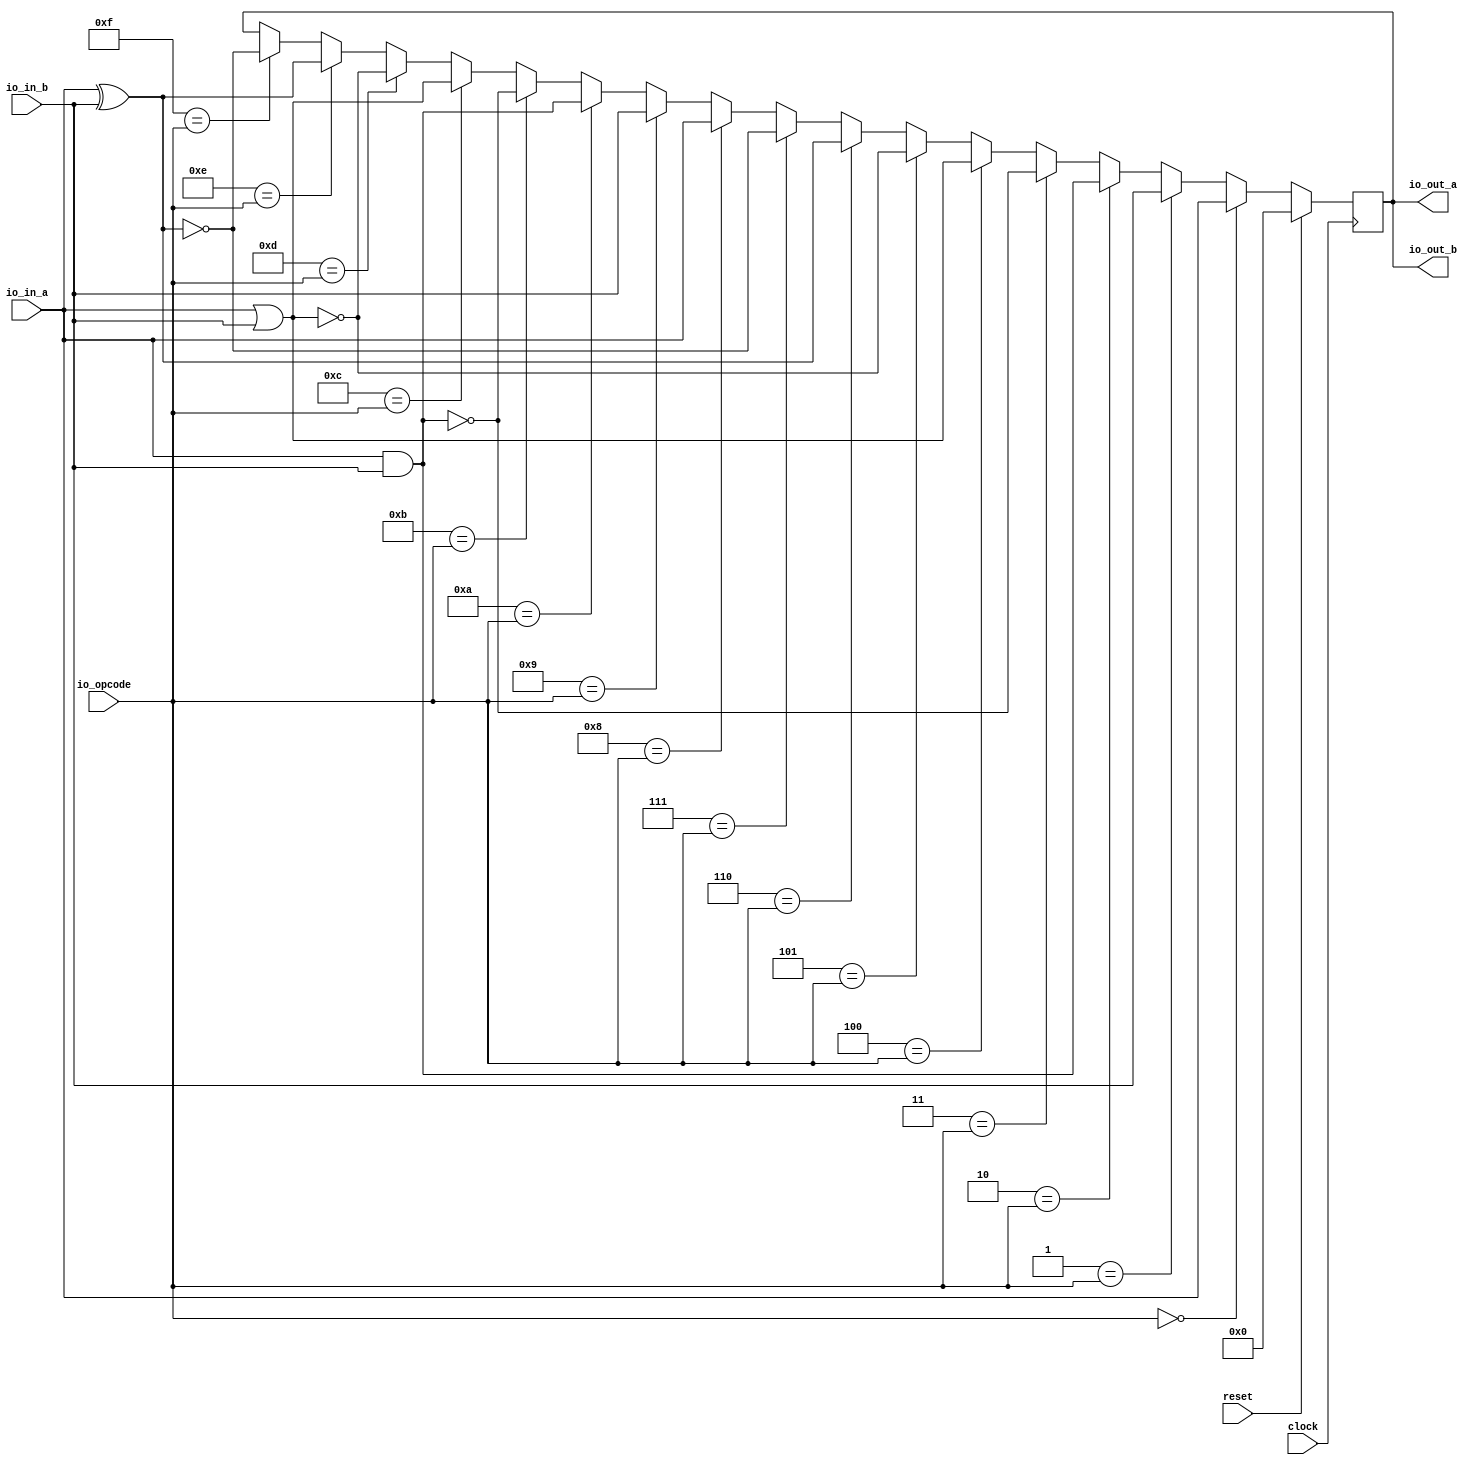
module ALU(
  input         clock,
  input         reset,
  input  [3:0]  io_opcode,
  input  [63:0] io_in_a,
  input  [63:0] io_in_b,
  output [63:0] io_out_a,
  output [63:0] io_out_b
);
`ifdef RANDOMIZE_REG_INIT
  reg [63:0] _RAND_0;
`endif // RANDOMIZE_REG_INIT
  reg [63:0] temp_result; // @[ALU.scala 27:28]
  wire  _T = 4'h0 == io_opcode; // @[Conditional.scala 37:30]
  wire  _T_1 = 4'h1 == io_opcode; // @[Conditional.scala 37:30]
  wire  _T_2 = 4'h2 == io_opcode; // @[Conditional.scala 37:30]
  wire [63:0] _temp_result_T = io_in_a & io_in_b; // @[ALU.scala 32:31]
  wire  _T_3 = 4'h3 == io_opcode; // @[Conditional.scala 37:30]
  wire [63:0] _temp_result_T_2 = ~_temp_result_T; // @[ALU.scala 33:29]
  wire  _T_4 = 4'h4 == io_opcode; // @[Conditional.scala 37:30]
  wire [63:0] _temp_result_T_3 = io_in_a | io_in_b; // @[ALU.scala 34:31]
  wire  _T_5 = 4'h5 == io_opcode; // @[Conditional.scala 37:30]
  wire [63:0] _temp_result_T_5 = ~_temp_result_T_3; // @[ALU.scala 35:29]
  wire  _T_6 = 4'h6 == io_opcode; // @[Conditional.scala 37:30]
  wire [63:0] _temp_result_T_6 = io_in_a ^ io_in_b; // @[ALU.scala 36:31]
  wire  _T_7 = 4'h7 == io_opcode; // @[Conditional.scala 37:30]
  wire [63:0] _temp_result_T_8 = ~_temp_result_T_6; // @[ALU.scala 37:29]
  wire  _T_8 = 4'h8 == io_opcode; // @[Conditional.scala 37:30]
  wire  _T_9 = 4'h9 == io_opcode; // @[Conditional.scala 37:30]
  wire  _T_10 = 4'ha == io_opcode; // @[Conditional.scala 37:30]
  wire  _T_11 = 4'hb == io_opcode; // @[Conditional.scala 37:30]
  wire  _T_12 = 4'hc == io_opcode; // @[Conditional.scala 37:30]
  wire  _T_13 = 4'hd == io_opcode; // @[Conditional.scala 37:30]
  wire  _T_14 = 4'he == io_opcode; // @[Conditional.scala 37:30]
  wire  _T_15 = 4'hf == io_opcode; // @[Conditional.scala 37:30]
  wire [63:0] _GEN_0 = _T_15 ? _temp_result_T_8 : temp_result; // @[Conditional.scala 39:67 ALU.scala 45:27 ALU.scala 27:28]
  wire [63:0] _GEN_1 = _T_14 ? _temp_result_T_6 : _GEN_0; // @[Conditional.scala 39:67 ALU.scala 44:27]
  wire [63:0] _GEN_2 = _T_13 ? _temp_result_T_5 : _GEN_1; // @[Conditional.scala 39:67 ALU.scala 43:27]
  wire [63:0] _GEN_3 = _T_12 ? _temp_result_T_3 : _GEN_2; // @[Conditional.scala 39:67 ALU.scala 42:27]
  wire [63:0] _GEN_4 = _T_11 ? _temp_result_T_2 : _GEN_3; // @[Conditional.scala 39:67 ALU.scala 41:27]
  wire [63:0] _GEN_5 = _T_10 ? _temp_result_T : _GEN_4; // @[Conditional.scala 39:67 ALU.scala 40:27]
  wire [63:0] _GEN_6 = _T_9 ? io_in_b : _GEN_5; // @[Conditional.scala 39:67 ALU.scala 39:26]
  wire [63:0] _GEN_7 = _T_8 ? io_in_a : _GEN_6; // @[Conditional.scala 39:67 ALU.scala 38:26]
  wire [63:0] _GEN_8 = _T_7 ? _temp_result_T_8 : _GEN_7; // @[Conditional.scala 39:67 ALU.scala 37:26]
  wire [63:0] _GEN_9 = _T_6 ? _temp_result_T_6 : _GEN_8; // @[Conditional.scala 39:67 ALU.scala 36:26]
  wire [63:0] _GEN_10 = _T_5 ? _temp_result_T_5 : _GEN_9; // @[Conditional.scala 39:67 ALU.scala 35:26]
  wire [63:0] _GEN_11 = _T_4 ? _temp_result_T_3 : _GEN_10; // @[Conditional.scala 39:67 ALU.scala 34:26]
  wire [63:0] _GEN_12 = _T_3 ? _temp_result_T_2 : _GEN_11; // @[Conditional.scala 39:67 ALU.scala 33:26]
  assign io_out_a = temp_result; // @[ALU.scala 47:12]
  assign io_out_b = temp_result; // @[ALU.scala 48:12]
  always @(posedge clock) begin
    if (reset) begin // @[ALU.scala 27:28]
      temp_result <= 64'h0; // @[ALU.scala 27:28]
    end else if (_T) begin // @[Conditional.scala 40:58]
      temp_result <= io_in_a; // @[ALU.scala 30:26]
    end else if (_T_1) begin // @[Conditional.scala 39:67]
      temp_result <= io_in_b; // @[ALU.scala 31:26]
    end else if (_T_2) begin // @[Conditional.scala 39:67]
      temp_result <= _temp_result_T; // @[ALU.scala 32:26]
    end else begin
      temp_result <= _GEN_12;
    end
  end
// Register and memory initialization
`ifdef RANDOMIZE_GARBAGE_ASSIGN
`define RANDOMIZE
`endif
`ifdef RANDOMIZE_INVALID_ASSIGN
`define RANDOMIZE
`endif
`ifdef RANDOMIZE_REG_INIT
`define RANDOMIZE
`endif
`ifdef RANDOMIZE_MEM_INIT
`define RANDOMIZE
`endif
`ifndef RANDOM
`define RANDOM $random
`endif
`ifdef RANDOMIZE_MEM_INIT
  integer initvar;
`endif
`ifndef SYNTHESIS
`ifdef FIRRTL_BEFORE_INITIAL
`FIRRTL_BEFORE_INITIAL
`endif
initial begin
  `ifdef RANDOMIZE
    `ifdef INIT_RANDOM
      `INIT_RANDOM
    `endif
    `ifndef VERILATOR
      `ifdef RANDOMIZE_DELAY
        #`RANDOMIZE_DELAY begin end
      `else
        #0.002 begin end
      `endif
    `endif
`ifdef RANDOMIZE_REG_INIT
  _RAND_0 = {2{`RANDOM}};
  temp_result = _RAND_0[63:0];
`endif // RANDOMIZE_REG_INIT
  `endif // RANDOMIZE
end // initial
`ifdef FIRRTL_AFTER_INITIAL
`FIRRTL_AFTER_INITIAL
`endif
`endif // SYNTHESIS
endmodule
module PEcol(
  input          clock,
  input          reset,
  input  [63:0]  io_d_in_0_a,
  input  [63:0]  io_d_in_0_b,
  input  [63:0]  io_d_in_1_a,
  input  [63:0]  io_d_in_1_b,
  input  [63:0]  io_d_in_2_a,
  input  [63:0]  io_d_in_2_b,
  input  [63:0]  io_d_in_3_a,
  input  [63:0]  io_d_in_3_b,
  input  [63:0]  io_d_in_4_a,
  input  [63:0]  io_d_in_4_b,
  input  [63:0]  io_d_in_5_a,
  input  [63:0]  io_d_in_5_b,
  input  [63:0]  io_d_in_6_a,
  input  [63:0]  io_d_in_6_b,
  input  [63:0]  io_d_in_7_a,
  input  [63:0]  io_d_in_7_b,
  input  [63:0]  io_d_in_8_a,
  input  [63:0]  io_d_in_8_b,
  input  [63:0]  io_d_in_9_a,
  input  [63:0]  io_d_in_9_b,
  input  [63:0]  io_d_in_10_a,
  input  [63:0]  io_d_in_10_b,
  input  [63:0]  io_d_in_11_a,
  input  [63:0]  io_d_in_11_b,
  input  [63:0]  io_d_in_12_a,
  input  [63:0]  io_d_in_12_b,
  input  [63:0]  io_d_in_13_a,
  input  [63:0]  io_d_in_13_b,
  input  [63:0]  io_d_in_14_a,
  input  [63:0]  io_d_in_14_b,
  input  [63:0]  io_d_in_15_a,
  input  [63:0]  io_d_in_15_b,
  input  [63:0]  io_d_in_16_a,
  input  [63:0]  io_d_in_16_b,
  input  [63:0]  io_d_in_17_a,
  input  [63:0]  io_d_in_17_b,
  input  [63:0]  io_d_in_18_a,
  input  [63:0]  io_d_in_18_b,
  input  [63:0]  io_d_in_19_a,
  input  [63:0]  io_d_in_19_b,
  input  [63:0]  io_d_in_20_a,
  input  [63:0]  io_d_in_20_b,
  input  [63:0]  io_d_in_21_a,
  input  [63:0]  io_d_in_21_b,
  input  [63:0]  io_d_in_22_a,
  input  [63:0]  io_d_in_22_b,
  input  [63:0]  io_d_in_23_a,
  input  [63:0]  io_d_in_23_b,
  input  [63:0]  io_d_in_24_a,
  input  [63:0]  io_d_in_24_b,
  input  [63:0]  io_d_in_25_a,
  input  [63:0]  io_d_in_25_b,
  input  [63:0]  io_d_in_26_a,
  input  [63:0]  io_d_in_26_b,
  input  [63:0]  io_d_in_27_a,
  input  [63:0]  io_d_in_27_b,
  input  [63:0]  io_d_in_28_a,
  input  [63:0]  io_d_in_28_b,
  input  [63:0]  io_d_in_29_a,
  input  [63:0]  io_d_in_29_b,
  input  [63:0]  io_d_in_30_a,
  input  [63:0]  io_d_in_30_b,
  input  [63:0]  io_d_in_31_a,
  input  [63:0]  io_d_in_31_b,
  output [63:0]  io_d_out_0_a,
  output [63:0]  io_d_out_0_b,
  output [63:0]  io_d_out_1_a,
  output [63:0]  io_d_out_1_b,
  output [63:0]  io_d_out_2_a,
  output [63:0]  io_d_out_2_b,
  output [63:0]  io_d_out_3_a,
  output [63:0]  io_d_out_3_b,
  output [63:0]  io_d_out_4_a,
  output [63:0]  io_d_out_4_b,
  output [63:0]  io_d_out_5_a,
  output [63:0]  io_d_out_5_b,
  output [63:0]  io_d_out_6_a,
  output [63:0]  io_d_out_6_b,
  output [63:0]  io_d_out_7_a,
  output [63:0]  io_d_out_7_b,
  output [63:0]  io_d_out_8_a,
  output [63:0]  io_d_out_8_b,
  output [63:0]  io_d_out_9_a,
  output [63:0]  io_d_out_9_b,
  output [63:0]  io_d_out_10_a,
  output [63:0]  io_d_out_10_b,
  output [63:0]  io_d_out_11_a,
  output [63:0]  io_d_out_11_b,
  output [63:0]  io_d_out_12_a,
  output [63:0]  io_d_out_12_b,
  output [63:0]  io_d_out_13_a,
  output [63:0]  io_d_out_13_b,
  output [63:0]  io_d_out_14_a,
  output [63:0]  io_d_out_14_b,
  output [63:0]  io_d_out_15_a,
  output [63:0]  io_d_out_15_b,
  output [63:0]  io_d_out_16_a,
  output [63:0]  io_d_out_16_b,
  output [63:0]  io_d_out_17_a,
  output [63:0]  io_d_out_17_b,
  output [63:0]  io_d_out_18_a,
  output [63:0]  io_d_out_18_b,
  output [63:0]  io_d_out_19_a,
  output [63:0]  io_d_out_19_b,
  output [63:0]  io_d_out_20_a,
  output [63:0]  io_d_out_20_b,
  output [63:0]  io_d_out_21_a,
  output [63:0]  io_d_out_21_b,
  output [63:0]  io_d_out_22_a,
  output [63:0]  io_d_out_22_b,
  output [63:0]  io_d_out_23_a,
  output [63:0]  io_d_out_23_b,
  output [63:0]  io_d_out_24_a,
  output [63:0]  io_d_out_24_b,
  output [63:0]  io_d_out_25_a,
  output [63:0]  io_d_out_25_b,
  output [63:0]  io_d_out_26_a,
  output [63:0]  io_d_out_26_b,
  output [63:0]  io_d_out_27_a,
  output [63:0]  io_d_out_27_b,
  output [63:0]  io_d_out_28_a,
  output [63:0]  io_d_out_28_b,
  output [63:0]  io_d_out_29_a,
  output [63:0]  io_d_out_29_b,
  output [63:0]  io_d_out_30_a,
  output [63:0]  io_d_out_30_b,
  output [63:0]  io_d_out_31_a,
  output [63:0]  io_d_out_31_b,
  input  [127:0] io_instr
);
`ifdef RANDOMIZE_REG_INIT
  reg [127:0] _RAND_0;
`endif // RANDOMIZE_REG_INIT
  wire  ALU64_32_0_clock; // @[BuildingBlock.scala 153:52]
  wire  ALU64_32_0_reset; // @[BuildingBlock.scala 153:52]
  wire [3:0] ALU64_32_0_io_opcode; // @[BuildingBlock.scala 153:52]
  wire [63:0] ALU64_32_0_io_in_a; // @[BuildingBlock.scala 153:52]
  wire [63:0] ALU64_32_0_io_in_b; // @[BuildingBlock.scala 153:52]
  wire [63:0] ALU64_32_0_io_out_a; // @[BuildingBlock.scala 153:52]
  wire [63:0] ALU64_32_0_io_out_b; // @[BuildingBlock.scala 153:52]
  wire  ALU64_32_1_clock; // @[BuildingBlock.scala 153:52]
  wire  ALU64_32_1_reset; // @[BuildingBlock.scala 153:52]
  wire [3:0] ALU64_32_1_io_opcode; // @[BuildingBlock.scala 153:52]
  wire [63:0] ALU64_32_1_io_in_a; // @[BuildingBlock.scala 153:52]
  wire [63:0] ALU64_32_1_io_in_b; // @[BuildingBlock.scala 153:52]
  wire [63:0] ALU64_32_1_io_out_a; // @[BuildingBlock.scala 153:52]
  wire [63:0] ALU64_32_1_io_out_b; // @[BuildingBlock.scala 153:52]
  wire  ALU64_32_2_clock; // @[BuildingBlock.scala 153:52]
  wire  ALU64_32_2_reset; // @[BuildingBlock.scala 153:52]
  wire [3:0] ALU64_32_2_io_opcode; // @[BuildingBlock.scala 153:52]
  wire [63:0] ALU64_32_2_io_in_a; // @[BuildingBlock.scala 153:52]
  wire [63:0] ALU64_32_2_io_in_b; // @[BuildingBlock.scala 153:52]
  wire [63:0] ALU64_32_2_io_out_a; // @[BuildingBlock.scala 153:52]
  wire [63:0] ALU64_32_2_io_out_b; // @[BuildingBlock.scala 153:52]
  wire  ALU64_32_3_clock; // @[BuildingBlock.scala 153:52]
  wire  ALU64_32_3_reset; // @[BuildingBlock.scala 153:52]
  wire [3:0] ALU64_32_3_io_opcode; // @[BuildingBlock.scala 153:52]
  wire [63:0] ALU64_32_3_io_in_a; // @[BuildingBlock.scala 153:52]
  wire [63:0] ALU64_32_3_io_in_b; // @[BuildingBlock.scala 153:52]
  wire [63:0] ALU64_32_3_io_out_a; // @[BuildingBlock.scala 153:52]
  wire [63:0] ALU64_32_3_io_out_b; // @[BuildingBlock.scala 153:52]
  wire  ALU64_32_4_clock; // @[BuildingBlock.scala 153:52]
  wire  ALU64_32_4_reset; // @[BuildingBlock.scala 153:52]
  wire [3:0] ALU64_32_4_io_opcode; // @[BuildingBlock.scala 153:52]
  wire [63:0] ALU64_32_4_io_in_a; // @[BuildingBlock.scala 153:52]
  wire [63:0] ALU64_32_4_io_in_b; // @[BuildingBlock.scala 153:52]
  wire [63:0] ALU64_32_4_io_out_a; // @[BuildingBlock.scala 153:52]
  wire [63:0] ALU64_32_4_io_out_b; // @[BuildingBlock.scala 153:52]
  wire  ALU64_32_5_clock; // @[BuildingBlock.scala 153:52]
  wire  ALU64_32_5_reset; // @[BuildingBlock.scala 153:52]
  wire [3:0] ALU64_32_5_io_opcode; // @[BuildingBlock.scala 153:52]
  wire [63:0] ALU64_32_5_io_in_a; // @[BuildingBlock.scala 153:52]
  wire [63:0] ALU64_32_5_io_in_b; // @[BuildingBlock.scala 153:52]
  wire [63:0] ALU64_32_5_io_out_a; // @[BuildingBlock.scala 153:52]
  wire [63:0] ALU64_32_5_io_out_b; // @[BuildingBlock.scala 153:52]
  wire  ALU64_32_6_clock; // @[BuildingBlock.scala 153:52]
  wire  ALU64_32_6_reset; // @[BuildingBlock.scala 153:52]
  wire [3:0] ALU64_32_6_io_opcode; // @[BuildingBlock.scala 153:52]
  wire [63:0] ALU64_32_6_io_in_a; // @[BuildingBlock.scala 153:52]
  wire [63:0] ALU64_32_6_io_in_b; // @[BuildingBlock.scala 153:52]
  wire [63:0] ALU64_32_6_io_out_a; // @[BuildingBlock.scala 153:52]
  wire [63:0] ALU64_32_6_io_out_b; // @[BuildingBlock.scala 153:52]
  wire  ALU64_32_7_clock; // @[BuildingBlock.scala 153:52]
  wire  ALU64_32_7_reset; // @[BuildingBlock.scala 153:52]
  wire [3:0] ALU64_32_7_io_opcode; // @[BuildingBlock.scala 153:52]
  wire [63:0] ALU64_32_7_io_in_a; // @[BuildingBlock.scala 153:52]
  wire [63:0] ALU64_32_7_io_in_b; // @[BuildingBlock.scala 153:52]
  wire [63:0] ALU64_32_7_io_out_a; // @[BuildingBlock.scala 153:52]
  wire [63:0] ALU64_32_7_io_out_b; // @[BuildingBlock.scala 153:52]
  wire  ALU64_32_8_clock; // @[BuildingBlock.scala 153:52]
  wire  ALU64_32_8_reset; // @[BuildingBlock.scala 153:52]
  wire [3:0] ALU64_32_8_io_opcode; // @[BuildingBlock.scala 153:52]
  wire [63:0] ALU64_32_8_io_in_a; // @[BuildingBlock.scala 153:52]
  wire [63:0] ALU64_32_8_io_in_b; // @[BuildingBlock.scala 153:52]
  wire [63:0] ALU64_32_8_io_out_a; // @[BuildingBlock.scala 153:52]
  wire [63:0] ALU64_32_8_io_out_b; // @[BuildingBlock.scala 153:52]
  wire  ALU64_32_9_clock; // @[BuildingBlock.scala 153:52]
  wire  ALU64_32_9_reset; // @[BuildingBlock.scala 153:52]
  wire [3:0] ALU64_32_9_io_opcode; // @[BuildingBlock.scala 153:52]
  wire [63:0] ALU64_32_9_io_in_a; // @[BuildingBlock.scala 153:52]
  wire [63:0] ALU64_32_9_io_in_b; // @[BuildingBlock.scala 153:52]
  wire [63:0] ALU64_32_9_io_out_a; // @[BuildingBlock.scala 153:52]
  wire [63:0] ALU64_32_9_io_out_b; // @[BuildingBlock.scala 153:52]
  wire  ALU64_32_10_clock; // @[BuildingBlock.scala 153:52]
  wire  ALU64_32_10_reset; // @[BuildingBlock.scala 153:52]
  wire [3:0] ALU64_32_10_io_opcode; // @[BuildingBlock.scala 153:52]
  wire [63:0] ALU64_32_10_io_in_a; // @[BuildingBlock.scala 153:52]
  wire [63:0] ALU64_32_10_io_in_b; // @[BuildingBlock.scala 153:52]
  wire [63:0] ALU64_32_10_io_out_a; // @[BuildingBlock.scala 153:52]
  wire [63:0] ALU64_32_10_io_out_b; // @[BuildingBlock.scala 153:52]
  wire  ALU64_32_11_clock; // @[BuildingBlock.scala 153:52]
  wire  ALU64_32_11_reset; // @[BuildingBlock.scala 153:52]
  wire [3:0] ALU64_32_11_io_opcode; // @[BuildingBlock.scala 153:52]
  wire [63:0] ALU64_32_11_io_in_a; // @[BuildingBlock.scala 153:52]
  wire [63:0] ALU64_32_11_io_in_b; // @[BuildingBlock.scala 153:52]
  wire [63:0] ALU64_32_11_io_out_a; // @[BuildingBlock.scala 153:52]
  wire [63:0] ALU64_32_11_io_out_b; // @[BuildingBlock.scala 153:52]
  wire  ALU64_32_12_clock; // @[BuildingBlock.scala 153:52]
  wire  ALU64_32_12_reset; // @[BuildingBlock.scala 153:52]
  wire [3:0] ALU64_32_12_io_opcode; // @[BuildingBlock.scala 153:52]
  wire [63:0] ALU64_32_12_io_in_a; // @[BuildingBlock.scala 153:52]
  wire [63:0] ALU64_32_12_io_in_b; // @[BuildingBlock.scala 153:52]
  wire [63:0] ALU64_32_12_io_out_a; // @[BuildingBlock.scala 153:52]
  wire [63:0] ALU64_32_12_io_out_b; // @[BuildingBlock.scala 153:52]
  wire  ALU64_32_13_clock; // @[BuildingBlock.scala 153:52]
  wire  ALU64_32_13_reset; // @[BuildingBlock.scala 153:52]
  wire [3:0] ALU64_32_13_io_opcode; // @[BuildingBlock.scala 153:52]
  wire [63:0] ALU64_32_13_io_in_a; // @[BuildingBlock.scala 153:52]
  wire [63:0] ALU64_32_13_io_in_b; // @[BuildingBlock.scala 153:52]
  wire [63:0] ALU64_32_13_io_out_a; // @[BuildingBlock.scala 153:52]
  wire [63:0] ALU64_32_13_io_out_b; // @[BuildingBlock.scala 153:52]
  wire  ALU64_32_14_clock; // @[BuildingBlock.scala 153:52]
  wire  ALU64_32_14_reset; // @[BuildingBlock.scala 153:52]
  wire [3:0] ALU64_32_14_io_opcode; // @[BuildingBlock.scala 153:52]
  wire [63:0] ALU64_32_14_io_in_a; // @[BuildingBlock.scala 153:52]
  wire [63:0] ALU64_32_14_io_in_b; // @[BuildingBlock.scala 153:52]
  wire [63:0] ALU64_32_14_io_out_a; // @[BuildingBlock.scala 153:52]
  wire [63:0] ALU64_32_14_io_out_b; // @[BuildingBlock.scala 153:52]
  wire  ALU64_32_15_clock; // @[BuildingBlock.scala 153:52]
  wire  ALU64_32_15_reset; // @[BuildingBlock.scala 153:52]
  wire [3:0] ALU64_32_15_io_opcode; // @[BuildingBlock.scala 153:52]
  wire [63:0] ALU64_32_15_io_in_a; // @[BuildingBlock.scala 153:52]
  wire [63:0] ALU64_32_15_io_in_b; // @[BuildingBlock.scala 153:52]
  wire [63:0] ALU64_32_15_io_out_a; // @[BuildingBlock.scala 153:52]
  wire [63:0] ALU64_32_15_io_out_b; // @[BuildingBlock.scala 153:52]
  wire  ALU64_32_16_clock; // @[BuildingBlock.scala 153:52]
  wire  ALU64_32_16_reset; // @[BuildingBlock.scala 153:52]
  wire [3:0] ALU64_32_16_io_opcode; // @[BuildingBlock.scala 153:52]
  wire [63:0] ALU64_32_16_io_in_a; // @[BuildingBlock.scala 153:52]
  wire [63:0] ALU64_32_16_io_in_b; // @[BuildingBlock.scala 153:52]
  wire [63:0] ALU64_32_16_io_out_a; // @[BuildingBlock.scala 153:52]
  wire [63:0] ALU64_32_16_io_out_b; // @[BuildingBlock.scala 153:52]
  wire  ALU64_32_17_clock; // @[BuildingBlock.scala 153:52]
  wire  ALU64_32_17_reset; // @[BuildingBlock.scala 153:52]
  wire [3:0] ALU64_32_17_io_opcode; // @[BuildingBlock.scala 153:52]
  wire [63:0] ALU64_32_17_io_in_a; // @[BuildingBlock.scala 153:52]
  wire [63:0] ALU64_32_17_io_in_b; // @[BuildingBlock.scala 153:52]
  wire [63:0] ALU64_32_17_io_out_a; // @[BuildingBlock.scala 153:52]
  wire [63:0] ALU64_32_17_io_out_b; // @[BuildingBlock.scala 153:52]
  wire  ALU64_32_18_clock; // @[BuildingBlock.scala 153:52]
  wire  ALU64_32_18_reset; // @[BuildingBlock.scala 153:52]
  wire [3:0] ALU64_32_18_io_opcode; // @[BuildingBlock.scala 153:52]
  wire [63:0] ALU64_32_18_io_in_a; // @[BuildingBlock.scala 153:52]
  wire [63:0] ALU64_32_18_io_in_b; // @[BuildingBlock.scala 153:52]
  wire [63:0] ALU64_32_18_io_out_a; // @[BuildingBlock.scala 153:52]
  wire [63:0] ALU64_32_18_io_out_b; // @[BuildingBlock.scala 153:52]
  wire  ALU64_32_19_clock; // @[BuildingBlock.scala 153:52]
  wire  ALU64_32_19_reset; // @[BuildingBlock.scala 153:52]
  wire [3:0] ALU64_32_19_io_opcode; // @[BuildingBlock.scala 153:52]
  wire [63:0] ALU64_32_19_io_in_a; // @[BuildingBlock.scala 153:52]
  wire [63:0] ALU64_32_19_io_in_b; // @[BuildingBlock.scala 153:52]
  wire [63:0] ALU64_32_19_io_out_a; // @[BuildingBlock.scala 153:52]
  wire [63:0] ALU64_32_19_io_out_b; // @[BuildingBlock.scala 153:52]
  wire  ALU64_32_20_clock; // @[BuildingBlock.scala 153:52]
  wire  ALU64_32_20_reset; // @[BuildingBlock.scala 153:52]
  wire [3:0] ALU64_32_20_io_opcode; // @[BuildingBlock.scala 153:52]
  wire [63:0] ALU64_32_20_io_in_a; // @[BuildingBlock.scala 153:52]
  wire [63:0] ALU64_32_20_io_in_b; // @[BuildingBlock.scala 153:52]
  wire [63:0] ALU64_32_20_io_out_a; // @[BuildingBlock.scala 153:52]
  wire [63:0] ALU64_32_20_io_out_b; // @[BuildingBlock.scala 153:52]
  wire  ALU64_32_21_clock; // @[BuildingBlock.scala 153:52]
  wire  ALU64_32_21_reset; // @[BuildingBlock.scala 153:52]
  wire [3:0] ALU64_32_21_io_opcode; // @[BuildingBlock.scala 153:52]
  wire [63:0] ALU64_32_21_io_in_a; // @[BuildingBlock.scala 153:52]
  wire [63:0] ALU64_32_21_io_in_b; // @[BuildingBlock.scala 153:52]
  wire [63:0] ALU64_32_21_io_out_a; // @[BuildingBlock.scala 153:52]
  wire [63:0] ALU64_32_21_io_out_b; // @[BuildingBlock.scala 153:52]
  wire  ALU64_32_22_clock; // @[BuildingBlock.scala 153:52]
  wire  ALU64_32_22_reset; // @[BuildingBlock.scala 153:52]
  wire [3:0] ALU64_32_22_io_opcode; // @[BuildingBlock.scala 153:52]
  wire [63:0] ALU64_32_22_io_in_a; // @[BuildingBlock.scala 153:52]
  wire [63:0] ALU64_32_22_io_in_b; // @[BuildingBlock.scala 153:52]
  wire [63:0] ALU64_32_22_io_out_a; // @[BuildingBlock.scala 153:52]
  wire [63:0] ALU64_32_22_io_out_b; // @[BuildingBlock.scala 153:52]
  wire  ALU64_32_23_clock; // @[BuildingBlock.scala 153:52]
  wire  ALU64_32_23_reset; // @[BuildingBlock.scala 153:52]
  wire [3:0] ALU64_32_23_io_opcode; // @[BuildingBlock.scala 153:52]
  wire [63:0] ALU64_32_23_io_in_a; // @[BuildingBlock.scala 153:52]
  wire [63:0] ALU64_32_23_io_in_b; // @[BuildingBlock.scala 153:52]
  wire [63:0] ALU64_32_23_io_out_a; // @[BuildingBlock.scala 153:52]
  wire [63:0] ALU64_32_23_io_out_b; // @[BuildingBlock.scala 153:52]
  wire  ALU64_32_24_clock; // @[BuildingBlock.scala 153:52]
  wire  ALU64_32_24_reset; // @[BuildingBlock.scala 153:52]
  wire [3:0] ALU64_32_24_io_opcode; // @[BuildingBlock.scala 153:52]
  wire [63:0] ALU64_32_24_io_in_a; // @[BuildingBlock.scala 153:52]
  wire [63:0] ALU64_32_24_io_in_b; // @[BuildingBlock.scala 153:52]
  wire [63:0] ALU64_32_24_io_out_a; // @[BuildingBlock.scala 153:52]
  wire [63:0] ALU64_32_24_io_out_b; // @[BuildingBlock.scala 153:52]
  wire  ALU64_32_25_clock; // @[BuildingBlock.scala 153:52]
  wire  ALU64_32_25_reset; // @[BuildingBlock.scala 153:52]
  wire [3:0] ALU64_32_25_io_opcode; // @[BuildingBlock.scala 153:52]
  wire [63:0] ALU64_32_25_io_in_a; // @[BuildingBlock.scala 153:52]
  wire [63:0] ALU64_32_25_io_in_b; // @[BuildingBlock.scala 153:52]
  wire [63:0] ALU64_32_25_io_out_a; // @[BuildingBlock.scala 153:52]
  wire [63:0] ALU64_32_25_io_out_b; // @[BuildingBlock.scala 153:52]
  wire  ALU64_32_26_clock; // @[BuildingBlock.scala 153:52]
  wire  ALU64_32_26_reset; // @[BuildingBlock.scala 153:52]
  wire [3:0] ALU64_32_26_io_opcode; // @[BuildingBlock.scala 153:52]
  wire [63:0] ALU64_32_26_io_in_a; // @[BuildingBlock.scala 153:52]
  wire [63:0] ALU64_32_26_io_in_b; // @[BuildingBlock.scala 153:52]
  wire [63:0] ALU64_32_26_io_out_a; // @[BuildingBlock.scala 153:52]
  wire [63:0] ALU64_32_26_io_out_b; // @[BuildingBlock.scala 153:52]
  wire  ALU64_32_27_clock; // @[BuildingBlock.scala 153:52]
  wire  ALU64_32_27_reset; // @[BuildingBlock.scala 153:52]
  wire [3:0] ALU64_32_27_io_opcode; // @[BuildingBlock.scala 153:52]
  wire [63:0] ALU64_32_27_io_in_a; // @[BuildingBlock.scala 153:52]
  wire [63:0] ALU64_32_27_io_in_b; // @[BuildingBlock.scala 153:52]
  wire [63:0] ALU64_32_27_io_out_a; // @[BuildingBlock.scala 153:52]
  wire [63:0] ALU64_32_27_io_out_b; // @[BuildingBlock.scala 153:52]
  wire  ALU64_32_28_clock; // @[BuildingBlock.scala 153:52]
  wire  ALU64_32_28_reset; // @[BuildingBlock.scala 153:52]
  wire [3:0] ALU64_32_28_io_opcode; // @[BuildingBlock.scala 153:52]
  wire [63:0] ALU64_32_28_io_in_a; // @[BuildingBlock.scala 153:52]
  wire [63:0] ALU64_32_28_io_in_b; // @[BuildingBlock.scala 153:52]
  wire [63:0] ALU64_32_28_io_out_a; // @[BuildingBlock.scala 153:52]
  wire [63:0] ALU64_32_28_io_out_b; // @[BuildingBlock.scala 153:52]
  wire  ALU64_32_29_clock; // @[BuildingBlock.scala 153:52]
  wire  ALU64_32_29_reset; // @[BuildingBlock.scala 153:52]
  wire [3:0] ALU64_32_29_io_opcode; // @[BuildingBlock.scala 153:52]
  wire [63:0] ALU64_32_29_io_in_a; // @[BuildingBlock.scala 153:52]
  wire [63:0] ALU64_32_29_io_in_b; // @[BuildingBlock.scala 153:52]
  wire [63:0] ALU64_32_29_io_out_a; // @[BuildingBlock.scala 153:52]
  wire [63:0] ALU64_32_29_io_out_b; // @[BuildingBlock.scala 153:52]
  wire  ALU64_32_30_clock; // @[BuildingBlock.scala 153:52]
  wire  ALU64_32_30_reset; // @[BuildingBlock.scala 153:52]
  wire [3:0] ALU64_32_30_io_opcode; // @[BuildingBlock.scala 153:52]
  wire [63:0] ALU64_32_30_io_in_a; // @[BuildingBlock.scala 153:52]
  wire [63:0] ALU64_32_30_io_in_b; // @[BuildingBlock.scala 153:52]
  wire [63:0] ALU64_32_30_io_out_a; // @[BuildingBlock.scala 153:52]
  wire [63:0] ALU64_32_30_io_out_b; // @[BuildingBlock.scala 153:52]
  wire  ALU64_32_31_clock; // @[BuildingBlock.scala 153:52]
  wire  ALU64_32_31_reset; // @[BuildingBlock.scala 153:52]
  wire [3:0] ALU64_32_31_io_opcode; // @[BuildingBlock.scala 153:52]
  wire [63:0] ALU64_32_31_io_in_a; // @[BuildingBlock.scala 153:52]
  wire [63:0] ALU64_32_31_io_in_b; // @[BuildingBlock.scala 153:52]
  wire [63:0] ALU64_32_31_io_out_a; // @[BuildingBlock.scala 153:52]
  wire [63:0] ALU64_32_31_io_out_b; // @[BuildingBlock.scala 153:52]
  reg [127:0] instr; // @[BuildingBlock.scala 148:22]
  ALU ALU64_32_0 ( // @[BuildingBlock.scala 153:52]
    .clock(ALU64_32_0_clock),
    .reset(ALU64_32_0_reset),
    .io_opcode(ALU64_32_0_io_opcode),
    .io_in_a(ALU64_32_0_io_in_a),
    .io_in_b(ALU64_32_0_io_in_b),
    .io_out_a(ALU64_32_0_io_out_a),
    .io_out_b(ALU64_32_0_io_out_b)
  );
  ALU ALU64_32_1 ( // @[BuildingBlock.scala 153:52]
    .clock(ALU64_32_1_clock),
    .reset(ALU64_32_1_reset),
    .io_opcode(ALU64_32_1_io_opcode),
    .io_in_a(ALU64_32_1_io_in_a),
    .io_in_b(ALU64_32_1_io_in_b),
    .io_out_a(ALU64_32_1_io_out_a),
    .io_out_b(ALU64_32_1_io_out_b)
  );
  ALU ALU64_32_2 ( // @[BuildingBlock.scala 153:52]
    .clock(ALU64_32_2_clock),
    .reset(ALU64_32_2_reset),
    .io_opcode(ALU64_32_2_io_opcode),
    .io_in_a(ALU64_32_2_io_in_a),
    .io_in_b(ALU64_32_2_io_in_b),
    .io_out_a(ALU64_32_2_io_out_a),
    .io_out_b(ALU64_32_2_io_out_b)
  );
  ALU ALU64_32_3 ( // @[BuildingBlock.scala 153:52]
    .clock(ALU64_32_3_clock),
    .reset(ALU64_32_3_reset),
    .io_opcode(ALU64_32_3_io_opcode),
    .io_in_a(ALU64_32_3_io_in_a),
    .io_in_b(ALU64_32_3_io_in_b),
    .io_out_a(ALU64_32_3_io_out_a),
    .io_out_b(ALU64_32_3_io_out_b)
  );
  ALU ALU64_32_4 ( // @[BuildingBlock.scala 153:52]
    .clock(ALU64_32_4_clock),
    .reset(ALU64_32_4_reset),
    .io_opcode(ALU64_32_4_io_opcode),
    .io_in_a(ALU64_32_4_io_in_a),
    .io_in_b(ALU64_32_4_io_in_b),
    .io_out_a(ALU64_32_4_io_out_a),
    .io_out_b(ALU64_32_4_io_out_b)
  );
  ALU ALU64_32_5 ( // @[BuildingBlock.scala 153:52]
    .clock(ALU64_32_5_clock),
    .reset(ALU64_32_5_reset),
    .io_opcode(ALU64_32_5_io_opcode),
    .io_in_a(ALU64_32_5_io_in_a),
    .io_in_b(ALU64_32_5_io_in_b),
    .io_out_a(ALU64_32_5_io_out_a),
    .io_out_b(ALU64_32_5_io_out_b)
  );
  ALU ALU64_32_6 ( // @[BuildingBlock.scala 153:52]
    .clock(ALU64_32_6_clock),
    .reset(ALU64_32_6_reset),
    .io_opcode(ALU64_32_6_io_opcode),
    .io_in_a(ALU64_32_6_io_in_a),
    .io_in_b(ALU64_32_6_io_in_b),
    .io_out_a(ALU64_32_6_io_out_a),
    .io_out_b(ALU64_32_6_io_out_b)
  );
  ALU ALU64_32_7 ( // @[BuildingBlock.scala 153:52]
    .clock(ALU64_32_7_clock),
    .reset(ALU64_32_7_reset),
    .io_opcode(ALU64_32_7_io_opcode),
    .io_in_a(ALU64_32_7_io_in_a),
    .io_in_b(ALU64_32_7_io_in_b),
    .io_out_a(ALU64_32_7_io_out_a),
    .io_out_b(ALU64_32_7_io_out_b)
  );
  ALU ALU64_32_8 ( // @[BuildingBlock.scala 153:52]
    .clock(ALU64_32_8_clock),
    .reset(ALU64_32_8_reset),
    .io_opcode(ALU64_32_8_io_opcode),
    .io_in_a(ALU64_32_8_io_in_a),
    .io_in_b(ALU64_32_8_io_in_b),
    .io_out_a(ALU64_32_8_io_out_a),
    .io_out_b(ALU64_32_8_io_out_b)
  );
  ALU ALU64_32_9 ( // @[BuildingBlock.scala 153:52]
    .clock(ALU64_32_9_clock),
    .reset(ALU64_32_9_reset),
    .io_opcode(ALU64_32_9_io_opcode),
    .io_in_a(ALU64_32_9_io_in_a),
    .io_in_b(ALU64_32_9_io_in_b),
    .io_out_a(ALU64_32_9_io_out_a),
    .io_out_b(ALU64_32_9_io_out_b)
  );
  ALU ALU64_32_10 ( // @[BuildingBlock.scala 153:52]
    .clock(ALU64_32_10_clock),
    .reset(ALU64_32_10_reset),
    .io_opcode(ALU64_32_10_io_opcode),
    .io_in_a(ALU64_32_10_io_in_a),
    .io_in_b(ALU64_32_10_io_in_b),
    .io_out_a(ALU64_32_10_io_out_a),
    .io_out_b(ALU64_32_10_io_out_b)
  );
  ALU ALU64_32_11 ( // @[BuildingBlock.scala 153:52]
    .clock(ALU64_32_11_clock),
    .reset(ALU64_32_11_reset),
    .io_opcode(ALU64_32_11_io_opcode),
    .io_in_a(ALU64_32_11_io_in_a),
    .io_in_b(ALU64_32_11_io_in_b),
    .io_out_a(ALU64_32_11_io_out_a),
    .io_out_b(ALU64_32_11_io_out_b)
  );
  ALU ALU64_32_12 ( // @[BuildingBlock.scala 153:52]
    .clock(ALU64_32_12_clock),
    .reset(ALU64_32_12_reset),
    .io_opcode(ALU64_32_12_io_opcode),
    .io_in_a(ALU64_32_12_io_in_a),
    .io_in_b(ALU64_32_12_io_in_b),
    .io_out_a(ALU64_32_12_io_out_a),
    .io_out_b(ALU64_32_12_io_out_b)
  );
  ALU ALU64_32_13 ( // @[BuildingBlock.scala 153:52]
    .clock(ALU64_32_13_clock),
    .reset(ALU64_32_13_reset),
    .io_opcode(ALU64_32_13_io_opcode),
    .io_in_a(ALU64_32_13_io_in_a),
    .io_in_b(ALU64_32_13_io_in_b),
    .io_out_a(ALU64_32_13_io_out_a),
    .io_out_b(ALU64_32_13_io_out_b)
  );
  ALU ALU64_32_14 ( // @[BuildingBlock.scala 153:52]
    .clock(ALU64_32_14_clock),
    .reset(ALU64_32_14_reset),
    .io_opcode(ALU64_32_14_io_opcode),
    .io_in_a(ALU64_32_14_io_in_a),
    .io_in_b(ALU64_32_14_io_in_b),
    .io_out_a(ALU64_32_14_io_out_a),
    .io_out_b(ALU64_32_14_io_out_b)
  );
  ALU ALU64_32_15 ( // @[BuildingBlock.scala 153:52]
    .clock(ALU64_32_15_clock),
    .reset(ALU64_32_15_reset),
    .io_opcode(ALU64_32_15_io_opcode),
    .io_in_a(ALU64_32_15_io_in_a),
    .io_in_b(ALU64_32_15_io_in_b),
    .io_out_a(ALU64_32_15_io_out_a),
    .io_out_b(ALU64_32_15_io_out_b)
  );
  ALU ALU64_32_16 ( // @[BuildingBlock.scala 153:52]
    .clock(ALU64_32_16_clock),
    .reset(ALU64_32_16_reset),
    .io_opcode(ALU64_32_16_io_opcode),
    .io_in_a(ALU64_32_16_io_in_a),
    .io_in_b(ALU64_32_16_io_in_b),
    .io_out_a(ALU64_32_16_io_out_a),
    .io_out_b(ALU64_32_16_io_out_b)
  );
  ALU ALU64_32_17 ( // @[BuildingBlock.scala 153:52]
    .clock(ALU64_32_17_clock),
    .reset(ALU64_32_17_reset),
    .io_opcode(ALU64_32_17_io_opcode),
    .io_in_a(ALU64_32_17_io_in_a),
    .io_in_b(ALU64_32_17_io_in_b),
    .io_out_a(ALU64_32_17_io_out_a),
    .io_out_b(ALU64_32_17_io_out_b)
  );
  ALU ALU64_32_18 ( // @[BuildingBlock.scala 153:52]
    .clock(ALU64_32_18_clock),
    .reset(ALU64_32_18_reset),
    .io_opcode(ALU64_32_18_io_opcode),
    .io_in_a(ALU64_32_18_io_in_a),
    .io_in_b(ALU64_32_18_io_in_b),
    .io_out_a(ALU64_32_18_io_out_a),
    .io_out_b(ALU64_32_18_io_out_b)
  );
  ALU ALU64_32_19 ( // @[BuildingBlock.scala 153:52]
    .clock(ALU64_32_19_clock),
    .reset(ALU64_32_19_reset),
    .io_opcode(ALU64_32_19_io_opcode),
    .io_in_a(ALU64_32_19_io_in_a),
    .io_in_b(ALU64_32_19_io_in_b),
    .io_out_a(ALU64_32_19_io_out_a),
    .io_out_b(ALU64_32_19_io_out_b)
  );
  ALU ALU64_32_20 ( // @[BuildingBlock.scala 153:52]
    .clock(ALU64_32_20_clock),
    .reset(ALU64_32_20_reset),
    .io_opcode(ALU64_32_20_io_opcode),
    .io_in_a(ALU64_32_20_io_in_a),
    .io_in_b(ALU64_32_20_io_in_b),
    .io_out_a(ALU64_32_20_io_out_a),
    .io_out_b(ALU64_32_20_io_out_b)
  );
  ALU ALU64_32_21 ( // @[BuildingBlock.scala 153:52]
    .clock(ALU64_32_21_clock),
    .reset(ALU64_32_21_reset),
    .io_opcode(ALU64_32_21_io_opcode),
    .io_in_a(ALU64_32_21_io_in_a),
    .io_in_b(ALU64_32_21_io_in_b),
    .io_out_a(ALU64_32_21_io_out_a),
    .io_out_b(ALU64_32_21_io_out_b)
  );
  ALU ALU64_32_22 ( // @[BuildingBlock.scala 153:52]
    .clock(ALU64_32_22_clock),
    .reset(ALU64_32_22_reset),
    .io_opcode(ALU64_32_22_io_opcode),
    .io_in_a(ALU64_32_22_io_in_a),
    .io_in_b(ALU64_32_22_io_in_b),
    .io_out_a(ALU64_32_22_io_out_a),
    .io_out_b(ALU64_32_22_io_out_b)
  );
  ALU ALU64_32_23 ( // @[BuildingBlock.scala 153:52]
    .clock(ALU64_32_23_clock),
    .reset(ALU64_32_23_reset),
    .io_opcode(ALU64_32_23_io_opcode),
    .io_in_a(ALU64_32_23_io_in_a),
    .io_in_b(ALU64_32_23_io_in_b),
    .io_out_a(ALU64_32_23_io_out_a),
    .io_out_b(ALU64_32_23_io_out_b)
  );
  ALU ALU64_32_24 ( // @[BuildingBlock.scala 153:52]
    .clock(ALU64_32_24_clock),
    .reset(ALU64_32_24_reset),
    .io_opcode(ALU64_32_24_io_opcode),
    .io_in_a(ALU64_32_24_io_in_a),
    .io_in_b(ALU64_32_24_io_in_b),
    .io_out_a(ALU64_32_24_io_out_a),
    .io_out_b(ALU64_32_24_io_out_b)
  );
  ALU ALU64_32_25 ( // @[BuildingBlock.scala 153:52]
    .clock(ALU64_32_25_clock),
    .reset(ALU64_32_25_reset),
    .io_opcode(ALU64_32_25_io_opcode),
    .io_in_a(ALU64_32_25_io_in_a),
    .io_in_b(ALU64_32_25_io_in_b),
    .io_out_a(ALU64_32_25_io_out_a),
    .io_out_b(ALU64_32_25_io_out_b)
  );
  ALU ALU64_32_26 ( // @[BuildingBlock.scala 153:52]
    .clock(ALU64_32_26_clock),
    .reset(ALU64_32_26_reset),
    .io_opcode(ALU64_32_26_io_opcode),
    .io_in_a(ALU64_32_26_io_in_a),
    .io_in_b(ALU64_32_26_io_in_b),
    .io_out_a(ALU64_32_26_io_out_a),
    .io_out_b(ALU64_32_26_io_out_b)
  );
  ALU ALU64_32_27 ( // @[BuildingBlock.scala 153:52]
    .clock(ALU64_32_27_clock),
    .reset(ALU64_32_27_reset),
    .io_opcode(ALU64_32_27_io_opcode),
    .io_in_a(ALU64_32_27_io_in_a),
    .io_in_b(ALU64_32_27_io_in_b),
    .io_out_a(ALU64_32_27_io_out_a),
    .io_out_b(ALU64_32_27_io_out_b)
  );
  ALU ALU64_32_28 ( // @[BuildingBlock.scala 153:52]
    .clock(ALU64_32_28_clock),
    .reset(ALU64_32_28_reset),
    .io_opcode(ALU64_32_28_io_opcode),
    .io_in_a(ALU64_32_28_io_in_a),
    .io_in_b(ALU64_32_28_io_in_b),
    .io_out_a(ALU64_32_28_io_out_a),
    .io_out_b(ALU64_32_28_io_out_b)
  );
  ALU ALU64_32_29 ( // @[BuildingBlock.scala 153:52]
    .clock(ALU64_32_29_clock),
    .reset(ALU64_32_29_reset),
    .io_opcode(ALU64_32_29_io_opcode),
    .io_in_a(ALU64_32_29_io_in_a),
    .io_in_b(ALU64_32_29_io_in_b),
    .io_out_a(ALU64_32_29_io_out_a),
    .io_out_b(ALU64_32_29_io_out_b)
  );
  ALU ALU64_32_30 ( // @[BuildingBlock.scala 153:52]
    .clock(ALU64_32_30_clock),
    .reset(ALU64_32_30_reset),
    .io_opcode(ALU64_32_30_io_opcode),
    .io_in_a(ALU64_32_30_io_in_a),
    .io_in_b(ALU64_32_30_io_in_b),
    .io_out_a(ALU64_32_30_io_out_a),
    .io_out_b(ALU64_32_30_io_out_b)
  );
  ALU ALU64_32_31 ( // @[BuildingBlock.scala 153:52]
    .clock(ALU64_32_31_clock),
    .reset(ALU64_32_31_reset),
    .io_opcode(ALU64_32_31_io_opcode),
    .io_in_a(ALU64_32_31_io_in_a),
    .io_in_b(ALU64_32_31_io_in_b),
    .io_out_a(ALU64_32_31_io_out_a),
    .io_out_b(ALU64_32_31_io_out_b)
  );
  assign io_d_out_0_a = ALU64_32_0_io_out_a; // @[BuildingBlock.scala 161:19]
  assign io_d_out_0_b = ALU64_32_0_io_out_b; // @[BuildingBlock.scala 162:19]
  assign io_d_out_1_a = ALU64_32_1_io_out_a; // @[BuildingBlock.scala 161:19]
  assign io_d_out_1_b = ALU64_32_1_io_out_b; // @[BuildingBlock.scala 162:19]
  assign io_d_out_2_a = ALU64_32_2_io_out_a; // @[BuildingBlock.scala 161:19]
  assign io_d_out_2_b = ALU64_32_2_io_out_b; // @[BuildingBlock.scala 162:19]
  assign io_d_out_3_a = ALU64_32_3_io_out_a; // @[BuildingBlock.scala 161:19]
  assign io_d_out_3_b = ALU64_32_3_io_out_b; // @[BuildingBlock.scala 162:19]
  assign io_d_out_4_a = ALU64_32_4_io_out_a; // @[BuildingBlock.scala 161:19]
  assign io_d_out_4_b = ALU64_32_4_io_out_b; // @[BuildingBlock.scala 162:19]
  assign io_d_out_5_a = ALU64_32_5_io_out_a; // @[BuildingBlock.scala 161:19]
  assign io_d_out_5_b = ALU64_32_5_io_out_b; // @[BuildingBlock.scala 162:19]
  assign io_d_out_6_a = ALU64_32_6_io_out_a; // @[BuildingBlock.scala 161:19]
  assign io_d_out_6_b = ALU64_32_6_io_out_b; // @[BuildingBlock.scala 162:19]
  assign io_d_out_7_a = ALU64_32_7_io_out_a; // @[BuildingBlock.scala 161:19]
  assign io_d_out_7_b = ALU64_32_7_io_out_b; // @[BuildingBlock.scala 162:19]
  assign io_d_out_8_a = ALU64_32_8_io_out_a; // @[BuildingBlock.scala 161:19]
  assign io_d_out_8_b = ALU64_32_8_io_out_b; // @[BuildingBlock.scala 162:19]
  assign io_d_out_9_a = ALU64_32_9_io_out_a; // @[BuildingBlock.scala 161:19]
  assign io_d_out_9_b = ALU64_32_9_io_out_b; // @[BuildingBlock.scala 162:19]
  assign io_d_out_10_a = ALU64_32_10_io_out_a; // @[BuildingBlock.scala 161:19]
  assign io_d_out_10_b = ALU64_32_10_io_out_b; // @[BuildingBlock.scala 162:19]
  assign io_d_out_11_a = ALU64_32_11_io_out_a; // @[BuildingBlock.scala 161:19]
  assign io_d_out_11_b = ALU64_32_11_io_out_b; // @[BuildingBlock.scala 162:19]
  assign io_d_out_12_a = ALU64_32_12_io_out_a; // @[BuildingBlock.scala 161:19]
  assign io_d_out_12_b = ALU64_32_12_io_out_b; // @[BuildingBlock.scala 162:19]
  assign io_d_out_13_a = ALU64_32_13_io_out_a; // @[BuildingBlock.scala 161:19]
  assign io_d_out_13_b = ALU64_32_13_io_out_b; // @[BuildingBlock.scala 162:19]
  assign io_d_out_14_a = ALU64_32_14_io_out_a; // @[BuildingBlock.scala 161:19]
  assign io_d_out_14_b = ALU64_32_14_io_out_b; // @[BuildingBlock.scala 162:19]
  assign io_d_out_15_a = ALU64_32_15_io_out_a; // @[BuildingBlock.scala 161:19]
  assign io_d_out_15_b = ALU64_32_15_io_out_b; // @[BuildingBlock.scala 162:19]
  assign io_d_out_16_a = ALU64_32_16_io_out_a; // @[BuildingBlock.scala 161:19]
  assign io_d_out_16_b = ALU64_32_16_io_out_b; // @[BuildingBlock.scala 162:19]
  assign io_d_out_17_a = ALU64_32_17_io_out_a; // @[BuildingBlock.scala 161:19]
  assign io_d_out_17_b = ALU64_32_17_io_out_b; // @[BuildingBlock.scala 162:19]
  assign io_d_out_18_a = ALU64_32_18_io_out_a; // @[BuildingBlock.scala 161:19]
  assign io_d_out_18_b = ALU64_32_18_io_out_b; // @[BuildingBlock.scala 162:19]
  assign io_d_out_19_a = ALU64_32_19_io_out_a; // @[BuildingBlock.scala 161:19]
  assign io_d_out_19_b = ALU64_32_19_io_out_b; // @[BuildingBlock.scala 162:19]
  assign io_d_out_20_a = ALU64_32_20_io_out_a; // @[BuildingBlock.scala 161:19]
  assign io_d_out_20_b = ALU64_32_20_io_out_b; // @[BuildingBlock.scala 162:19]
  assign io_d_out_21_a = ALU64_32_21_io_out_a; // @[BuildingBlock.scala 161:19]
  assign io_d_out_21_b = ALU64_32_21_io_out_b; // @[BuildingBlock.scala 162:19]
  assign io_d_out_22_a = ALU64_32_22_io_out_a; // @[BuildingBlock.scala 161:19]
  assign io_d_out_22_b = ALU64_32_22_io_out_b; // @[BuildingBlock.scala 162:19]
  assign io_d_out_23_a = ALU64_32_23_io_out_a; // @[BuildingBlock.scala 161:19]
  assign io_d_out_23_b = ALU64_32_23_io_out_b; // @[BuildingBlock.scala 162:19]
  assign io_d_out_24_a = ALU64_32_24_io_out_a; // @[BuildingBlock.scala 161:19]
  assign io_d_out_24_b = ALU64_32_24_io_out_b; // @[BuildingBlock.scala 162:19]
  assign io_d_out_25_a = ALU64_32_25_io_out_a; // @[BuildingBlock.scala 161:19]
  assign io_d_out_25_b = ALU64_32_25_io_out_b; // @[BuildingBlock.scala 162:19]
  assign io_d_out_26_a = ALU64_32_26_io_out_a; // @[BuildingBlock.scala 161:19]
  assign io_d_out_26_b = ALU64_32_26_io_out_b; // @[BuildingBlock.scala 162:19]
  assign io_d_out_27_a = ALU64_32_27_io_out_a; // @[BuildingBlock.scala 161:19]
  assign io_d_out_27_b = ALU64_32_27_io_out_b; // @[BuildingBlock.scala 162:19]
  assign io_d_out_28_a = ALU64_32_28_io_out_a; // @[BuildingBlock.scala 161:19]
  assign io_d_out_28_b = ALU64_32_28_io_out_b; // @[BuildingBlock.scala 162:19]
  assign io_d_out_29_a = ALU64_32_29_io_out_a; // @[BuildingBlock.scala 161:19]
  assign io_d_out_29_b = ALU64_32_29_io_out_b; // @[BuildingBlock.scala 162:19]
  assign io_d_out_30_a = ALU64_32_30_io_out_a; // @[BuildingBlock.scala 161:19]
  assign io_d_out_30_b = ALU64_32_30_io_out_b; // @[BuildingBlock.scala 162:19]
  assign io_d_out_31_a = ALU64_32_31_io_out_a; // @[BuildingBlock.scala 161:19]
  assign io_d_out_31_b = ALU64_32_31_io_out_b; // @[BuildingBlock.scala 162:19]
  assign ALU64_32_0_clock = clock;
  assign ALU64_32_0_reset = reset;
  assign ALU64_32_0_io_opcode = instr[127:124]; // @[BuildingBlock.scala 160:35]
  assign ALU64_32_0_io_in_a = io_d_in_0_a; // @[BuildingBlock.scala 158:25]
  assign ALU64_32_0_io_in_b = io_d_in_0_b; // @[BuildingBlock.scala 159:25]
  assign ALU64_32_1_clock = clock;
  assign ALU64_32_1_reset = reset;
  assign ALU64_32_1_io_opcode = instr[123:120]; // @[BuildingBlock.scala 160:35]
  assign ALU64_32_1_io_in_a = io_d_in_1_a; // @[BuildingBlock.scala 158:25]
  assign ALU64_32_1_io_in_b = io_d_in_1_b; // @[BuildingBlock.scala 159:25]
  assign ALU64_32_2_clock = clock;
  assign ALU64_32_2_reset = reset;
  assign ALU64_32_2_io_opcode = instr[119:116]; // @[BuildingBlock.scala 160:35]
  assign ALU64_32_2_io_in_a = io_d_in_2_a; // @[BuildingBlock.scala 158:25]
  assign ALU64_32_2_io_in_b = io_d_in_2_b; // @[BuildingBlock.scala 159:25]
  assign ALU64_32_3_clock = clock;
  assign ALU64_32_3_reset = reset;
  assign ALU64_32_3_io_opcode = instr[115:112]; // @[BuildingBlock.scala 160:35]
  assign ALU64_32_3_io_in_a = io_d_in_3_a; // @[BuildingBlock.scala 158:25]
  assign ALU64_32_3_io_in_b = io_d_in_3_b; // @[BuildingBlock.scala 159:25]
  assign ALU64_32_4_clock = clock;
  assign ALU64_32_4_reset = reset;
  assign ALU64_32_4_io_opcode = instr[111:108]; // @[BuildingBlock.scala 160:35]
  assign ALU64_32_4_io_in_a = io_d_in_4_a; // @[BuildingBlock.scala 158:25]
  assign ALU64_32_4_io_in_b = io_d_in_4_b; // @[BuildingBlock.scala 159:25]
  assign ALU64_32_5_clock = clock;
  assign ALU64_32_5_reset = reset;
  assign ALU64_32_5_io_opcode = instr[107:104]; // @[BuildingBlock.scala 160:35]
  assign ALU64_32_5_io_in_a = io_d_in_5_a; // @[BuildingBlock.scala 158:25]
  assign ALU64_32_5_io_in_b = io_d_in_5_b; // @[BuildingBlock.scala 159:25]
  assign ALU64_32_6_clock = clock;
  assign ALU64_32_6_reset = reset;
  assign ALU64_32_6_io_opcode = instr[103:100]; // @[BuildingBlock.scala 160:35]
  assign ALU64_32_6_io_in_a = io_d_in_6_a; // @[BuildingBlock.scala 158:25]
  assign ALU64_32_6_io_in_b = io_d_in_6_b; // @[BuildingBlock.scala 159:25]
  assign ALU64_32_7_clock = clock;
  assign ALU64_32_7_reset = reset;
  assign ALU64_32_7_io_opcode = instr[99:96]; // @[BuildingBlock.scala 160:35]
  assign ALU64_32_7_io_in_a = io_d_in_7_a; // @[BuildingBlock.scala 158:25]
  assign ALU64_32_7_io_in_b = io_d_in_7_b; // @[BuildingBlock.scala 159:25]
  assign ALU64_32_8_clock = clock;
  assign ALU64_32_8_reset = reset;
  assign ALU64_32_8_io_opcode = instr[95:92]; // @[BuildingBlock.scala 160:35]
  assign ALU64_32_8_io_in_a = io_d_in_8_a; // @[BuildingBlock.scala 158:25]
  assign ALU64_32_8_io_in_b = io_d_in_8_b; // @[BuildingBlock.scala 159:25]
  assign ALU64_32_9_clock = clock;
  assign ALU64_32_9_reset = reset;
  assign ALU64_32_9_io_opcode = instr[91:88]; // @[BuildingBlock.scala 160:35]
  assign ALU64_32_9_io_in_a = io_d_in_9_a; // @[BuildingBlock.scala 158:25]
  assign ALU64_32_9_io_in_b = io_d_in_9_b; // @[BuildingBlock.scala 159:25]
  assign ALU64_32_10_clock = clock;
  assign ALU64_32_10_reset = reset;
  assign ALU64_32_10_io_opcode = instr[87:84]; // @[BuildingBlock.scala 160:35]
  assign ALU64_32_10_io_in_a = io_d_in_10_a; // @[BuildingBlock.scala 158:25]
  assign ALU64_32_10_io_in_b = io_d_in_10_b; // @[BuildingBlock.scala 159:25]
  assign ALU64_32_11_clock = clock;
  assign ALU64_32_11_reset = reset;
  assign ALU64_32_11_io_opcode = instr[83:80]; // @[BuildingBlock.scala 160:35]
  assign ALU64_32_11_io_in_a = io_d_in_11_a; // @[BuildingBlock.scala 158:25]
  assign ALU64_32_11_io_in_b = io_d_in_11_b; // @[BuildingBlock.scala 159:25]
  assign ALU64_32_12_clock = clock;
  assign ALU64_32_12_reset = reset;
  assign ALU64_32_12_io_opcode = instr[79:76]; // @[BuildingBlock.scala 160:35]
  assign ALU64_32_12_io_in_a = io_d_in_12_a; // @[BuildingBlock.scala 158:25]
  assign ALU64_32_12_io_in_b = io_d_in_12_b; // @[BuildingBlock.scala 159:25]
  assign ALU64_32_13_clock = clock;
  assign ALU64_32_13_reset = reset;
  assign ALU64_32_13_io_opcode = instr[75:72]; // @[BuildingBlock.scala 160:35]
  assign ALU64_32_13_io_in_a = io_d_in_13_a; // @[BuildingBlock.scala 158:25]
  assign ALU64_32_13_io_in_b = io_d_in_13_b; // @[BuildingBlock.scala 159:25]
  assign ALU64_32_14_clock = clock;
  assign ALU64_32_14_reset = reset;
  assign ALU64_32_14_io_opcode = instr[71:68]; // @[BuildingBlock.scala 160:35]
  assign ALU64_32_14_io_in_a = io_d_in_14_a; // @[BuildingBlock.scala 158:25]
  assign ALU64_32_14_io_in_b = io_d_in_14_b; // @[BuildingBlock.scala 159:25]
  assign ALU64_32_15_clock = clock;
  assign ALU64_32_15_reset = reset;
  assign ALU64_32_15_io_opcode = instr[67:64]; // @[BuildingBlock.scala 160:35]
  assign ALU64_32_15_io_in_a = io_d_in_15_a; // @[BuildingBlock.scala 158:25]
  assign ALU64_32_15_io_in_b = io_d_in_15_b; // @[BuildingBlock.scala 159:25]
  assign ALU64_32_16_clock = clock;
  assign ALU64_32_16_reset = reset;
  assign ALU64_32_16_io_opcode = instr[63:60]; // @[BuildingBlock.scala 160:35]
  assign ALU64_32_16_io_in_a = io_d_in_16_a; // @[BuildingBlock.scala 158:25]
  assign ALU64_32_16_io_in_b = io_d_in_16_b; // @[BuildingBlock.scala 159:25]
  assign ALU64_32_17_clock = clock;
  assign ALU64_32_17_reset = reset;
  assign ALU64_32_17_io_opcode = instr[59:56]; // @[BuildingBlock.scala 160:35]
  assign ALU64_32_17_io_in_a = io_d_in_17_a; // @[BuildingBlock.scala 158:25]
  assign ALU64_32_17_io_in_b = io_d_in_17_b; // @[BuildingBlock.scala 159:25]
  assign ALU64_32_18_clock = clock;
  assign ALU64_32_18_reset = reset;
  assign ALU64_32_18_io_opcode = instr[55:52]; // @[BuildingBlock.scala 160:35]
  assign ALU64_32_18_io_in_a = io_d_in_18_a; // @[BuildingBlock.scala 158:25]
  assign ALU64_32_18_io_in_b = io_d_in_18_b; // @[BuildingBlock.scala 159:25]
  assign ALU64_32_19_clock = clock;
  assign ALU64_32_19_reset = reset;
  assign ALU64_32_19_io_opcode = instr[51:48]; // @[BuildingBlock.scala 160:35]
  assign ALU64_32_19_io_in_a = io_d_in_19_a; // @[BuildingBlock.scala 158:25]
  assign ALU64_32_19_io_in_b = io_d_in_19_b; // @[BuildingBlock.scala 159:25]
  assign ALU64_32_20_clock = clock;
  assign ALU64_32_20_reset = reset;
  assign ALU64_32_20_io_opcode = instr[47:44]; // @[BuildingBlock.scala 160:35]
  assign ALU64_32_20_io_in_a = io_d_in_20_a; // @[BuildingBlock.scala 158:25]
  assign ALU64_32_20_io_in_b = io_d_in_20_b; // @[BuildingBlock.scala 159:25]
  assign ALU64_32_21_clock = clock;
  assign ALU64_32_21_reset = reset;
  assign ALU64_32_21_io_opcode = instr[43:40]; // @[BuildingBlock.scala 160:35]
  assign ALU64_32_21_io_in_a = io_d_in_21_a; // @[BuildingBlock.scala 158:25]
  assign ALU64_32_21_io_in_b = io_d_in_21_b; // @[BuildingBlock.scala 159:25]
  assign ALU64_32_22_clock = clock;
  assign ALU64_32_22_reset = reset;
  assign ALU64_32_22_io_opcode = instr[39:36]; // @[BuildingBlock.scala 160:35]
  assign ALU64_32_22_io_in_a = io_d_in_22_a; // @[BuildingBlock.scala 158:25]
  assign ALU64_32_22_io_in_b = io_d_in_22_b; // @[BuildingBlock.scala 159:25]
  assign ALU64_32_23_clock = clock;
  assign ALU64_32_23_reset = reset;
  assign ALU64_32_23_io_opcode = instr[35:32]; // @[BuildingBlock.scala 160:35]
  assign ALU64_32_23_io_in_a = io_d_in_23_a; // @[BuildingBlock.scala 158:25]
  assign ALU64_32_23_io_in_b = io_d_in_23_b; // @[BuildingBlock.scala 159:25]
  assign ALU64_32_24_clock = clock;
  assign ALU64_32_24_reset = reset;
  assign ALU64_32_24_io_opcode = instr[31:28]; // @[BuildingBlock.scala 160:35]
  assign ALU64_32_24_io_in_a = io_d_in_24_a; // @[BuildingBlock.scala 158:25]
  assign ALU64_32_24_io_in_b = io_d_in_24_b; // @[BuildingBlock.scala 159:25]
  assign ALU64_32_25_clock = clock;
  assign ALU64_32_25_reset = reset;
  assign ALU64_32_25_io_opcode = instr[27:24]; // @[BuildingBlock.scala 160:35]
  assign ALU64_32_25_io_in_a = io_d_in_25_a; // @[BuildingBlock.scala 158:25]
  assign ALU64_32_25_io_in_b = io_d_in_25_b; // @[BuildingBlock.scala 159:25]
  assign ALU64_32_26_clock = clock;
  assign ALU64_32_26_reset = reset;
  assign ALU64_32_26_io_opcode = instr[23:20]; // @[BuildingBlock.scala 160:35]
  assign ALU64_32_26_io_in_a = io_d_in_26_a; // @[BuildingBlock.scala 158:25]
  assign ALU64_32_26_io_in_b = io_d_in_26_b; // @[BuildingBlock.scala 159:25]
  assign ALU64_32_27_clock = clock;
  assign ALU64_32_27_reset = reset;
  assign ALU64_32_27_io_opcode = instr[19:16]; // @[BuildingBlock.scala 160:35]
  assign ALU64_32_27_io_in_a = io_d_in_27_a; // @[BuildingBlock.scala 158:25]
  assign ALU64_32_27_io_in_b = io_d_in_27_b; // @[BuildingBlock.scala 159:25]
  assign ALU64_32_28_clock = clock;
  assign ALU64_32_28_reset = reset;
  assign ALU64_32_28_io_opcode = instr[15:12]; // @[BuildingBlock.scala 160:35]
  assign ALU64_32_28_io_in_a = io_d_in_28_a; // @[BuildingBlock.scala 158:25]
  assign ALU64_32_28_io_in_b = io_d_in_28_b; // @[BuildingBlock.scala 159:25]
  assign ALU64_32_29_clock = clock;
  assign ALU64_32_29_reset = reset;
  assign ALU64_32_29_io_opcode = instr[11:8]; // @[BuildingBlock.scala 160:35]
  assign ALU64_32_29_io_in_a = io_d_in_29_a; // @[BuildingBlock.scala 158:25]
  assign ALU64_32_29_io_in_b = io_d_in_29_b; // @[BuildingBlock.scala 159:25]
  assign ALU64_32_30_clock = clock;
  assign ALU64_32_30_reset = reset;
  assign ALU64_32_30_io_opcode = instr[7:4]; // @[BuildingBlock.scala 160:35]
  assign ALU64_32_30_io_in_a = io_d_in_30_a; // @[BuildingBlock.scala 158:25]
  assign ALU64_32_30_io_in_b = io_d_in_30_b; // @[BuildingBlock.scala 159:25]
  assign ALU64_32_31_clock = clock;
  assign ALU64_32_31_reset = reset;
  assign ALU64_32_31_io_opcode = instr[3:0]; // @[BuildingBlock.scala 160:35]
  assign ALU64_32_31_io_in_a = io_d_in_31_a; // @[BuildingBlock.scala 158:25]
  assign ALU64_32_31_io_in_b = io_d_in_31_b; // @[BuildingBlock.scala 159:25]
  always @(posedge clock) begin
    if (reset) begin // @[BuildingBlock.scala 148:22]
      instr <= 128'h0; // @[BuildingBlock.scala 148:22]
    end else begin
      instr <= io_instr; // @[BuildingBlock.scala 149:9]
    end
  end
// Register and memory initialization
`ifdef RANDOMIZE_GARBAGE_ASSIGN
`define RANDOMIZE
`endif
`ifdef RANDOMIZE_INVALID_ASSIGN
`define RANDOMIZE
`endif
`ifdef RANDOMIZE_REG_INIT
`define RANDOMIZE
`endif
`ifdef RANDOMIZE_MEM_INIT
`define RANDOMIZE
`endif
`ifndef RANDOM
`define RANDOM $random
`endif
`ifdef RANDOMIZE_MEM_INIT
  integer initvar;
`endif
`ifndef SYNTHESIS
`ifdef FIRRTL_BEFORE_INITIAL
`FIRRTL_BEFORE_INITIAL
`endif
initial begin
  `ifdef RANDOMIZE
    `ifdef INIT_RANDOM
      `INIT_RANDOM
    `endif
    `ifndef VERILATOR
      `ifdef RANDOMIZE_DELAY
        #`RANDOMIZE_DELAY begin end
      `else
        #0.002 begin end
      `endif
    `endif
`ifdef RANDOMIZE_REG_INIT
  _RAND_0 = {4{`RANDOM}};
  instr = _RAND_0[127:0];
`endif // RANDOMIZE_REG_INIT
  `endif // RANDOMIZE
end // initial
`ifdef FIRRTL_AFTER_INITIAL
`FIRRTL_AFTER_INITIAL
`endif
`endif // SYNTHESIS
endmodule